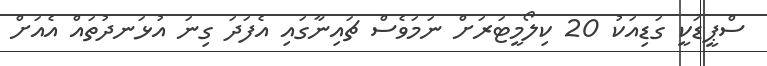
ސްޕީޑަކީ ގަޑިއަކު 20 ކިލޯމީޓަރަށް ނަމަވެސް ޗައިނާގައި އެފަދަ ގިނަ އުޅަނދުތައް އެއަށް